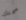
صمتك